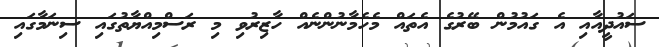
ސައުދީއާއި އެ ގައުމުން ބޭރުގެ އެތައް މެހެމާނުންނެއް ހާޒިރުވި މި ރަސްމިއްޔާތުގައި ސިނަމާގައި